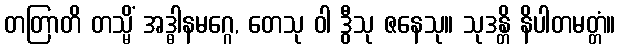
တတြာတိ တသ္မိံ အဒ္ဓါနမဂ္ဂေ, တေသု ဝါ ဒွီသု ဇနေသု။ သုဒန္တိ နိပါတမတ္တံ။